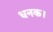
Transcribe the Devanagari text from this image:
धनक।